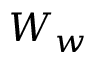
W _ { w }